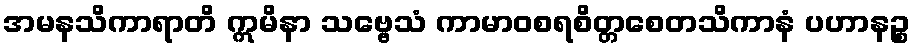
အမနသိကာရာတိ ဣမိနာ သဗ္ဗေသံ ကာမာဝစရစိတ္တစေတသိကာနံ ပဟာနဉ္စ